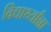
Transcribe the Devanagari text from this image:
विद्यार्थ्यांन्ना